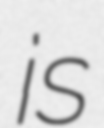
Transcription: is